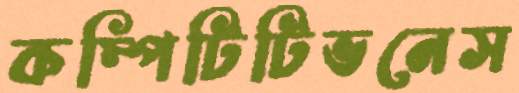
কম্পিটিটিভনেস